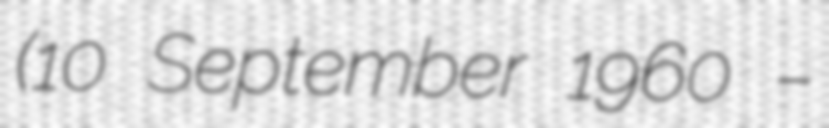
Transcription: (10 September 1960 –